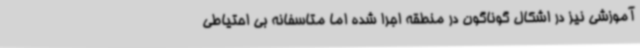
آموزشی نیز در اشکال گوناگون در منطقه اجرا شده اما متاسفانه بی احتیاطی